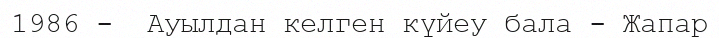
1986 -  Ауылдан келген күйеу бала - Жапар